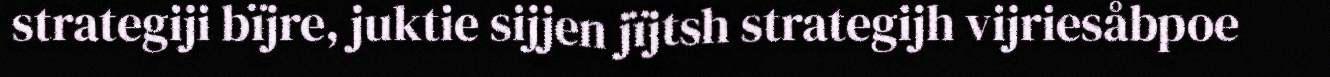
strategiji bïjre, juktie sijjen jïjtsh strategijh vijriesåbpoe